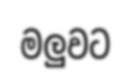
මලුවට